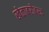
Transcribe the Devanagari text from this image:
खेळाबरोबरच